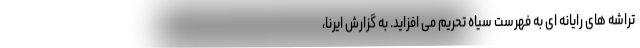
تراشه های رایانه ای به فهرست سیاه تحریم می افزاید. به گزارش ایرنا،